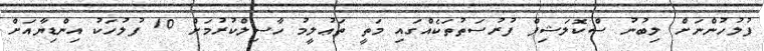
ފުލުހުންނަށް ލިބުނު ސްކޮލަޝިޕް ފުރުސަތުތަކެއްގައި މަތީ ތަޢުލީމު ހާސިލްކުރުމަށް 10 ފުލުހަކު އިންޑިޔާއަށް